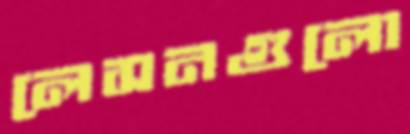
লেসনগুলো